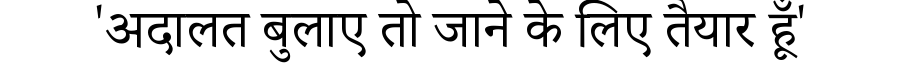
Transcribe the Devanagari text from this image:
'अदालत बुलाए तो जाने के लिए तैयार हूँ'